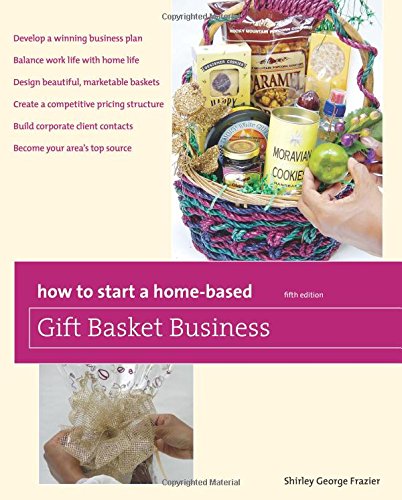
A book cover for How to Start a Home-Based Gift Basket Business (Home-Based Business Series); Shirley Frazier; Crafts, Hobbies & Home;